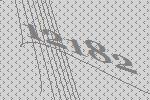
12182